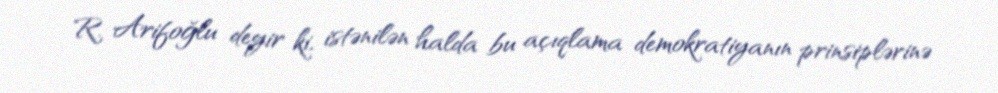
R. Arifoğlu deyir ki, istənilən halda bu açıqlama demokratiyanın prinsiplərinə